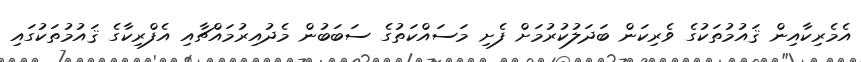
އެމެރިކާއިން ޤައުމުތަކުގެ ވެރިކަން ބަދަލުކުރުމަށް ފެށި މަސައްކަތުގެ ސަބަބުން މެދުއިރުމައްޗާއި އެފްރިކާގެ ޤައުމުތަކުގައި